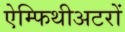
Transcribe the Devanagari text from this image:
ऐम्फिथीअटरों